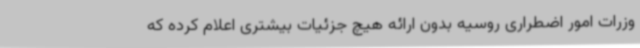
وزرات امور اضطراری روسیه بدون ارائه هیچ جزئیات بیشتری اعلام کرده که